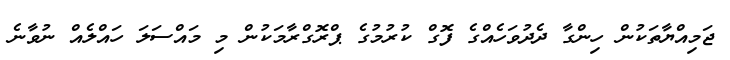
ޖަމިއްޔާތަކުން ހިންގާ ދެދުވަހެއްގެ ފޮގް ކުރުމުގެ ޕްރޮގްރާމަކުން މި މައްސަލަ ހައްލެއް ނުވާނެ